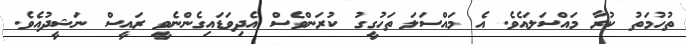
ތުހުމަތު ކުރާ މައްސަލައެވެ. އެ މައްސަލަ ތަހުގީގު ކުރަންވެސް އެދިވަޑައިގެންނެވީ ރައީސް ނަޝީދުއެވެ.